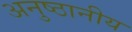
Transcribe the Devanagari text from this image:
अनुष्ठानीय